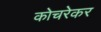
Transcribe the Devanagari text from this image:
कोचरेकर